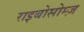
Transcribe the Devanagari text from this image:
राइबोसोम्ज़